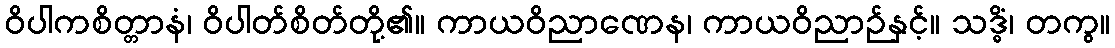
ဝိပါကစိတ္တာနံ၊ ဝိပါတ်စိတ်တို့၏။ ကာယဝိညာဏေန၊ ကာယဝိညာဉ်နှင့်။ သဒ္ဓိံ၊ တကွ။